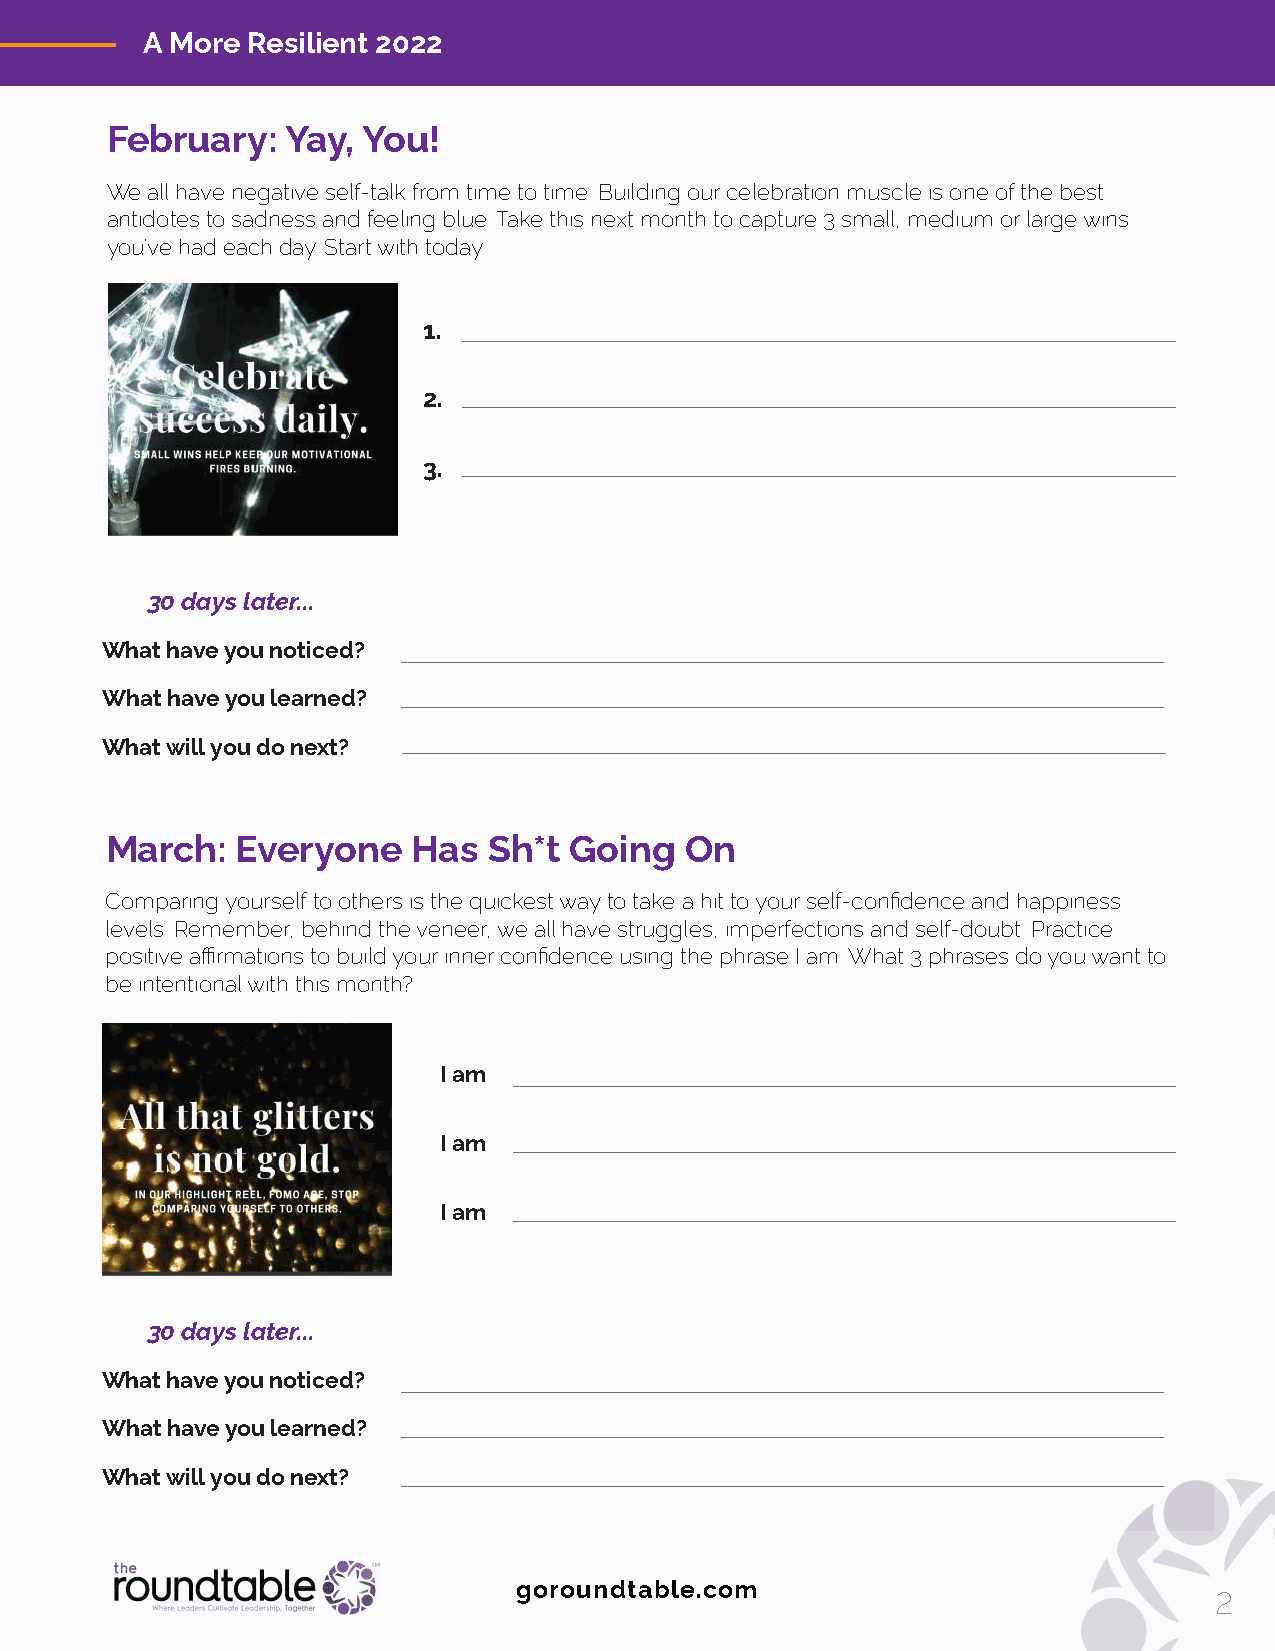
A More Resilient 2022
 February:   Yay, You!
 We all have negative self-talk from time to time. Building our celebration muscle is one of the best
 antidotes to sadness and feeling blue. Take this next month to capture 3 small, medium or large wins
 you’ve had each day. Start with today:
 1.
 2.
 3.
 30 days later...
 What have you noticed?
 What have you learned?
 What will you do next?
 March:   Everyone   Has  Sh*t  Going  On
 Comparing yourself to others is the quickest way to take a hit to your self-confidence and happiness
 levels. Remember, behind the veneer, we all have struggles, imperfections and self-doubt. Practice
 positive affirmations to build your inner confidence using the phrase I am. What 3 phrases do you want to
 be intentional with this month?
 I am
 I am
 I am
 30 days later...
 What have you noticed?
 What have you learned?
 What will you do next?
 goroundtable.com                              2